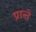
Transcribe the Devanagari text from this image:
प्रान्ते